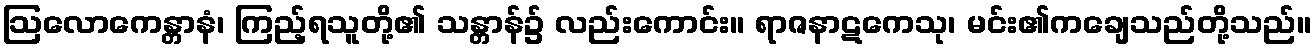
ဩလောကေန္တာနံ၊ ကြည့်ရသူတို့၏ သန္တာန်၌ လည်းကောင်း။ ရာဇနာဋကေသု၊ မင်း၏ကချေသည်တို့သည်။